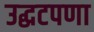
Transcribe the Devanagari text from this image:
उद्धटपणा